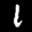
Label: 1